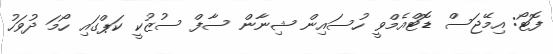
ފޮޓޯ: އިމޭޖަސް ޑޮޓްއެމްވީ ހުސައިން ޝިނާން ސާފް ސުޒުކީ ކަޕްގައި ހޯމަ ދުވަހު